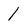
Character: 1